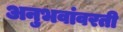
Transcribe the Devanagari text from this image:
अनुभवांवरती